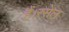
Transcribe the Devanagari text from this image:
हैं।रसेल